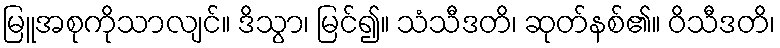
မြူအစုကိုသာလျင်။ ဒိသွာ၊ မြင်၍။ သံသီဒတိ၊ ဆုတ်နစ်၏။ ဝိသီဒတိ၊